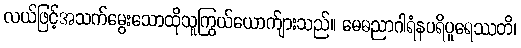
လယ်ဖြင့်အသက်မွေးသောထိုသူကြွယ်ယောက်ျားသည်။ မေဓညာဂါရံနပရိပူရေဿတိ၊